DOW-UAP-D49, Launch Summary, Vandenberg AFB, 2000
Agency: Department of War
Incident date: 2/3/00
Page 90
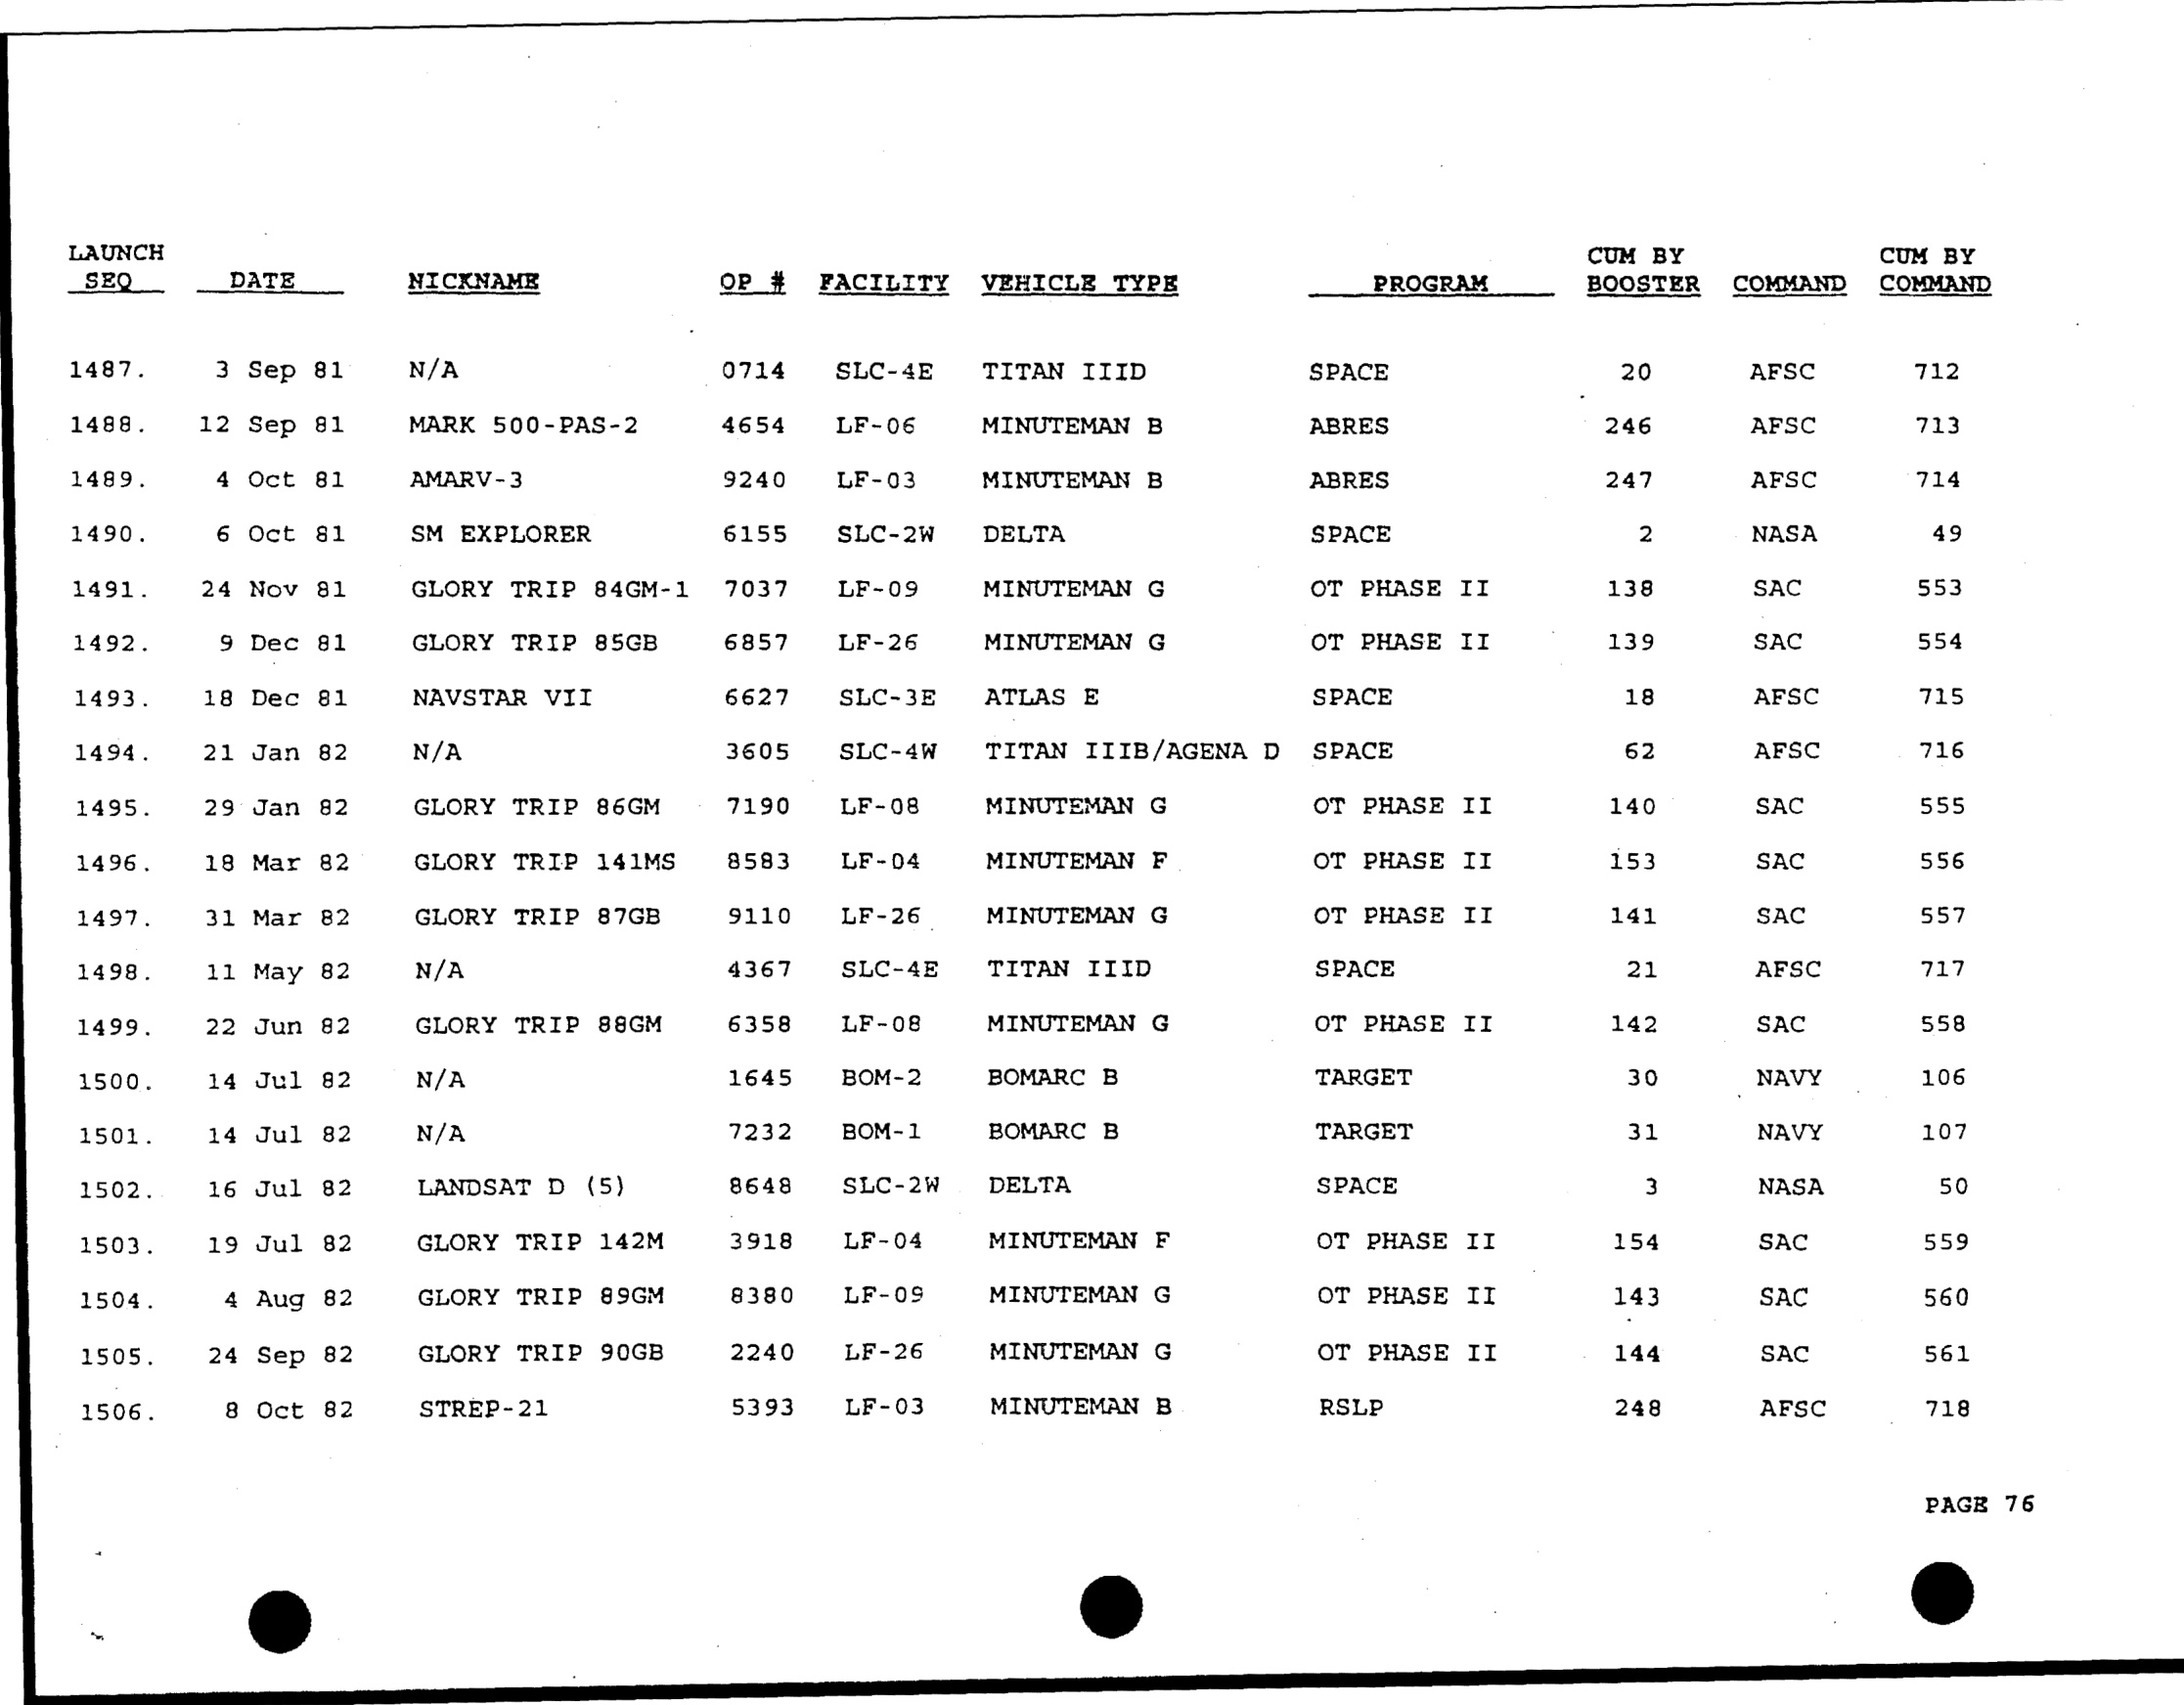